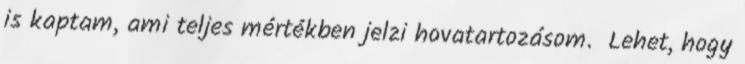
is kaptam, ami teljes mértékben jelzi hovatartozásom. Lehet, hogy